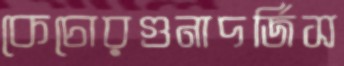
কেচোরগুনাদর্জিস